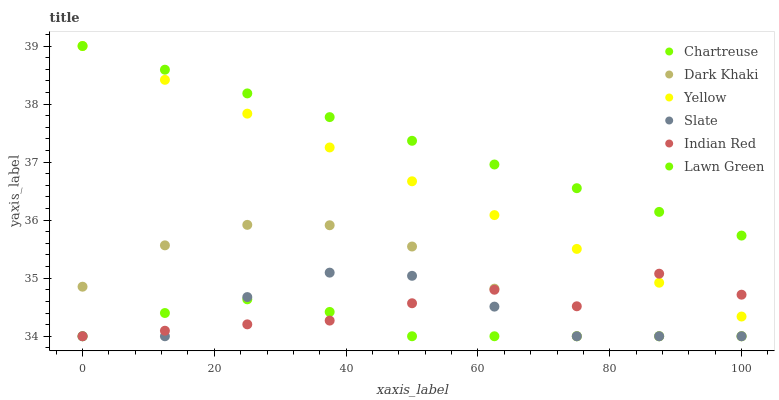
| xaxis_label | Chartreuse | Dark Khaki | Yellow | Slate | Indian Red | Lawn Green |
 | --- | --- | --- | --- | --- | --- | --- |
 | 0 | 34 | 34.9 | 39 | 34 | 34 | 39 |
 | 12.5 | 34.4 | 35.6 | 38.4 | 34 | 34.1 | 38.6 |
 | 25 | 34.6 | 35.9 | 37.8 | 34.7 | 34.2 | 38.2 |
 | 37.5 | 34.4 | 35.9 | 37.3 | 35.1 | 34.3 | 37.8 |
 | 50 | 34 | 35.5 | 36.7 | 35 | 34.6 | 37.4 |
 | 62.5 | 34 | 34.8 | 36.1 | 34.5 | 34.8 | 37 |
 | 75 | 34 | 34 | 35.5 | 34 | 34.5 | 36.6 |
 | 87.5 | 34 | 34 | 34.9 | 34 | 35.1 | 36.1 |
 | 100 | 34 | 34 | 34.3 | 34 | 34.7 | 35.7 |